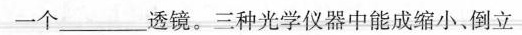
一个_______透镜。三种光学仪器中能成缩小，倒立